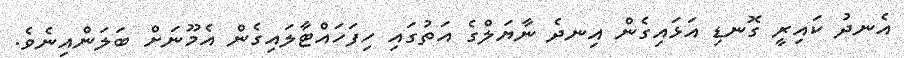
އެނދު ކައިރީ ގޮނޑި އަޅައިގެން އިނދެ ނާޔަލްގެ އަތުގައި ހިފަހައްޓާލައިގެން އެމޫނަށް ބަލަންއިނެވެ.